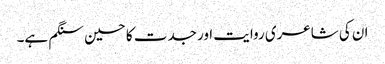
ان کی شاعری روایت اور جدت کا حسین سنگم ہے۔